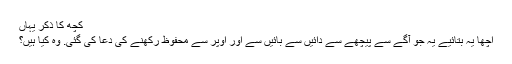
کچھ کا ذکر یہاں
اچها یہ بتائیے یہ جو آگے سے پیچهے سے دائیں سے بائیں سے اور اوپر سے محفوظ رکهنے کی دعا کی گئی. وہ کیا ہیں؟